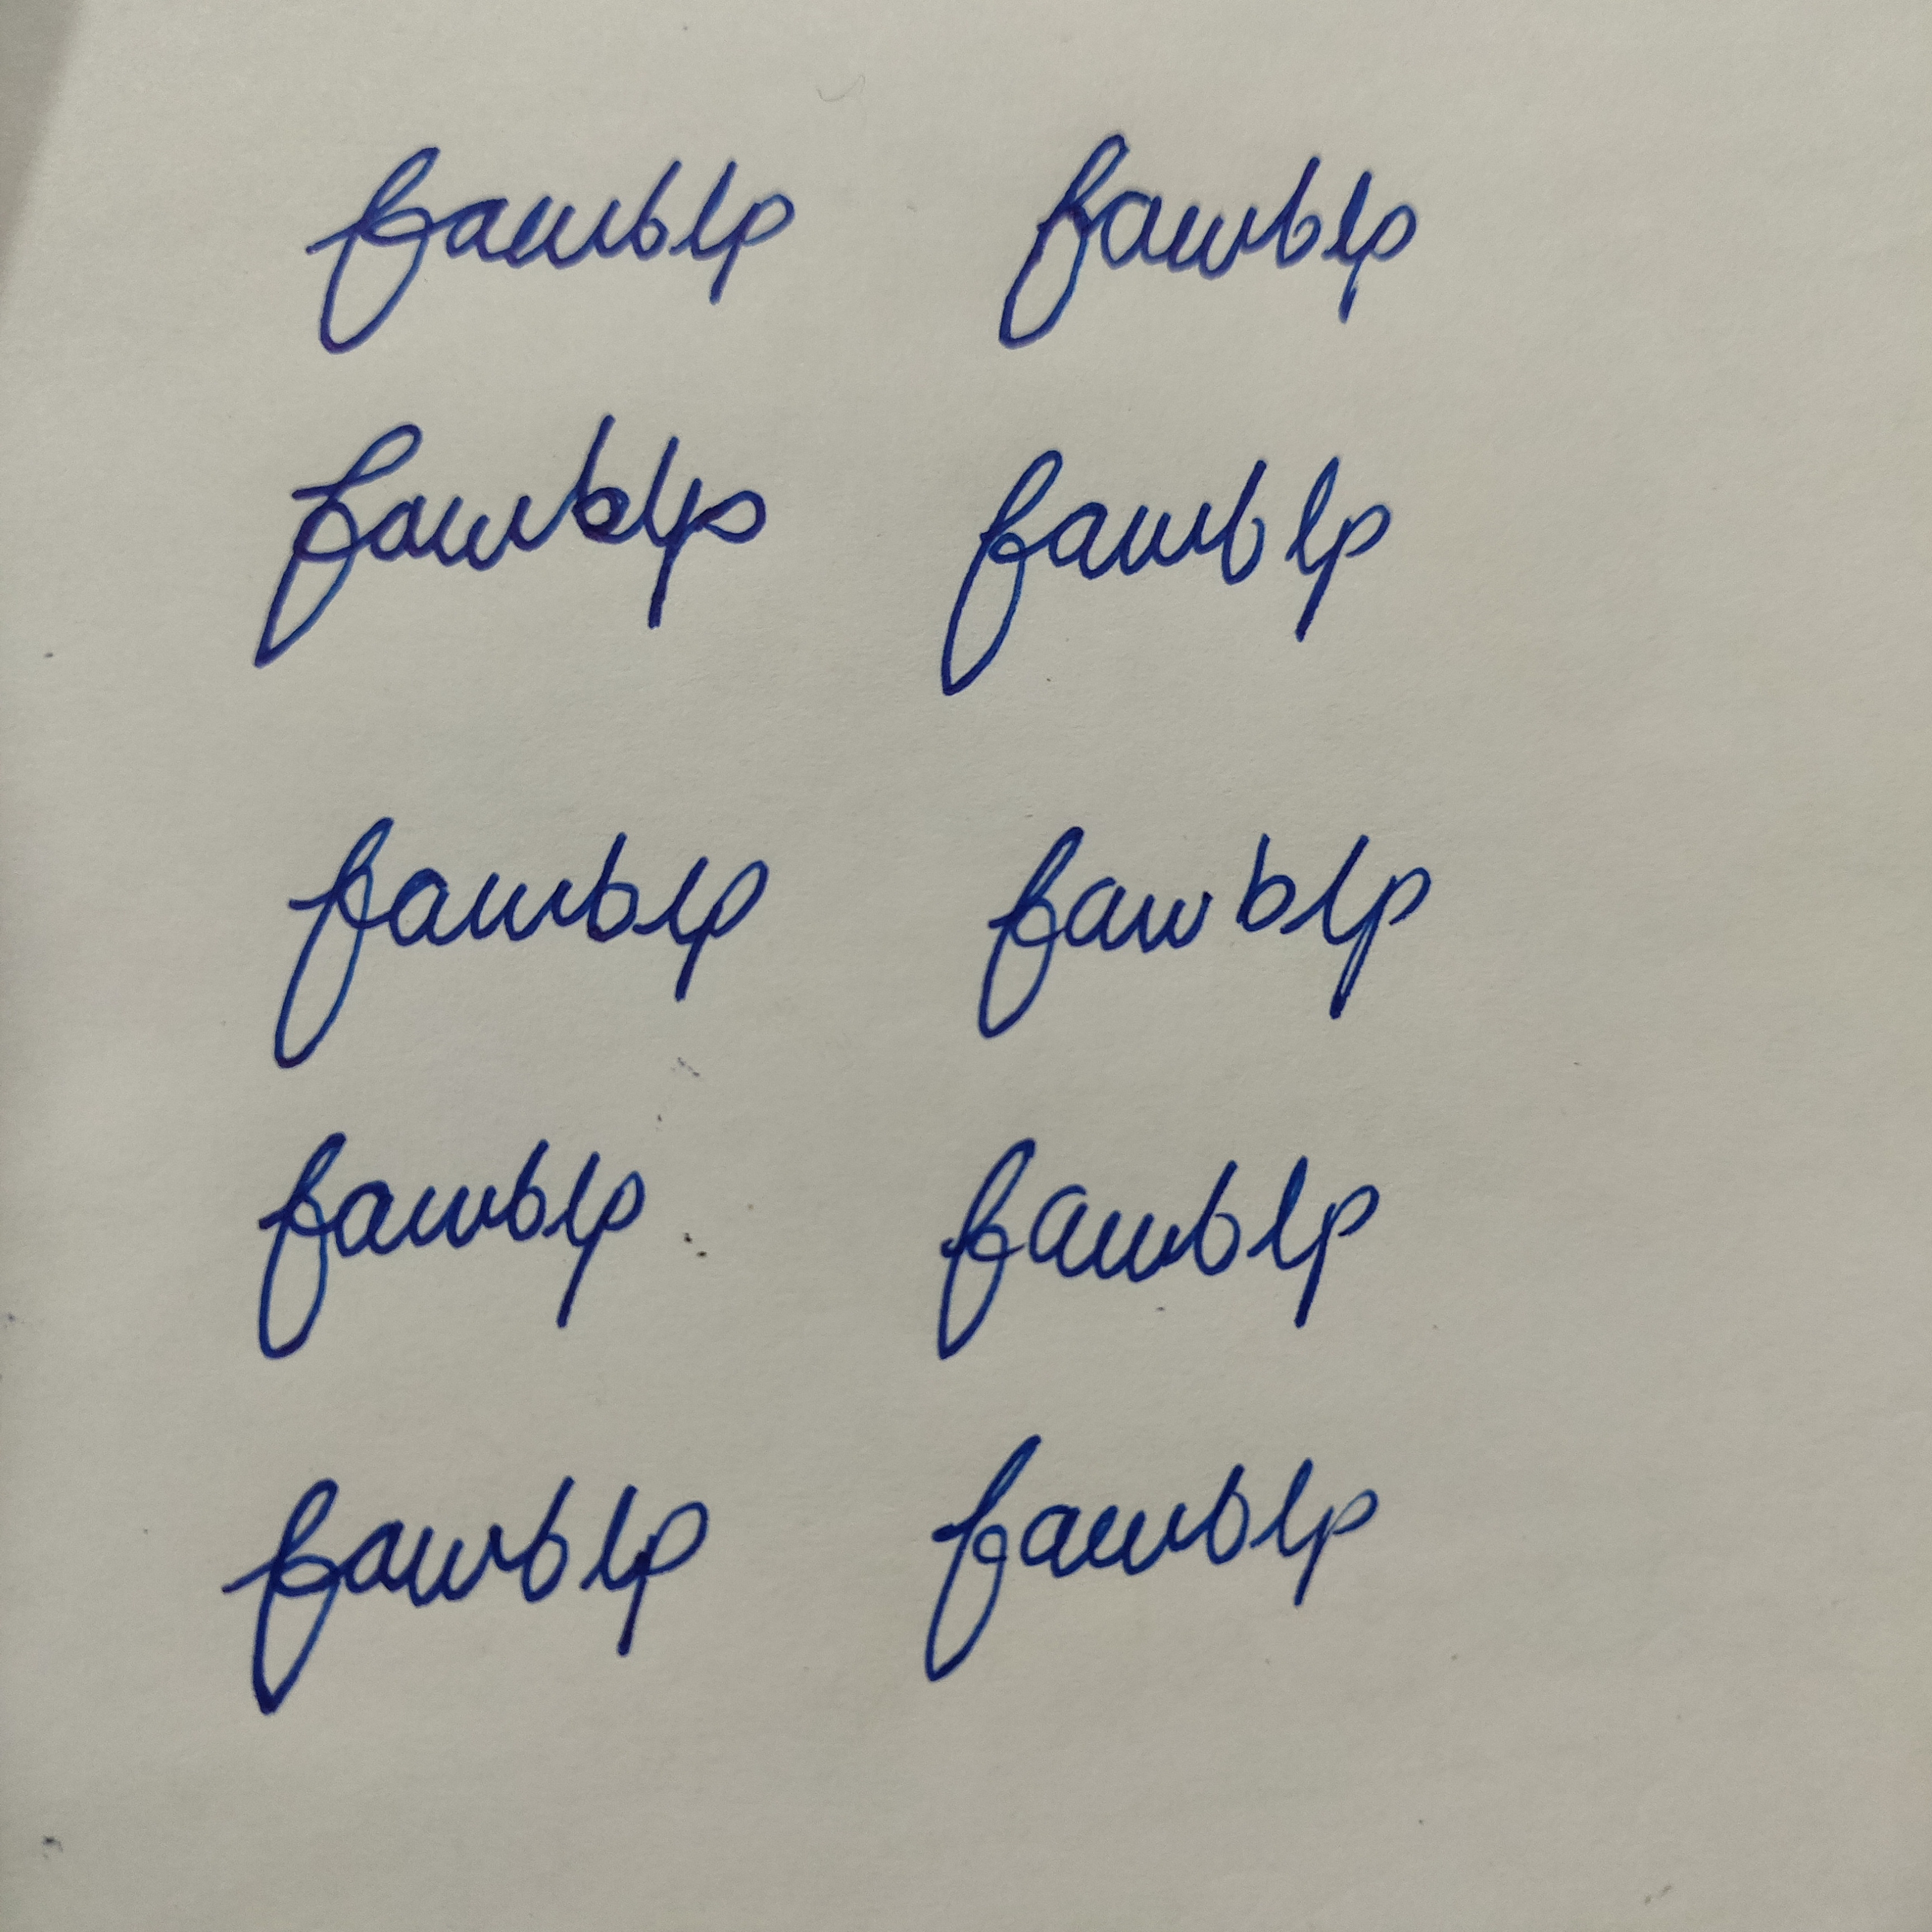
Signature authenticity: forged